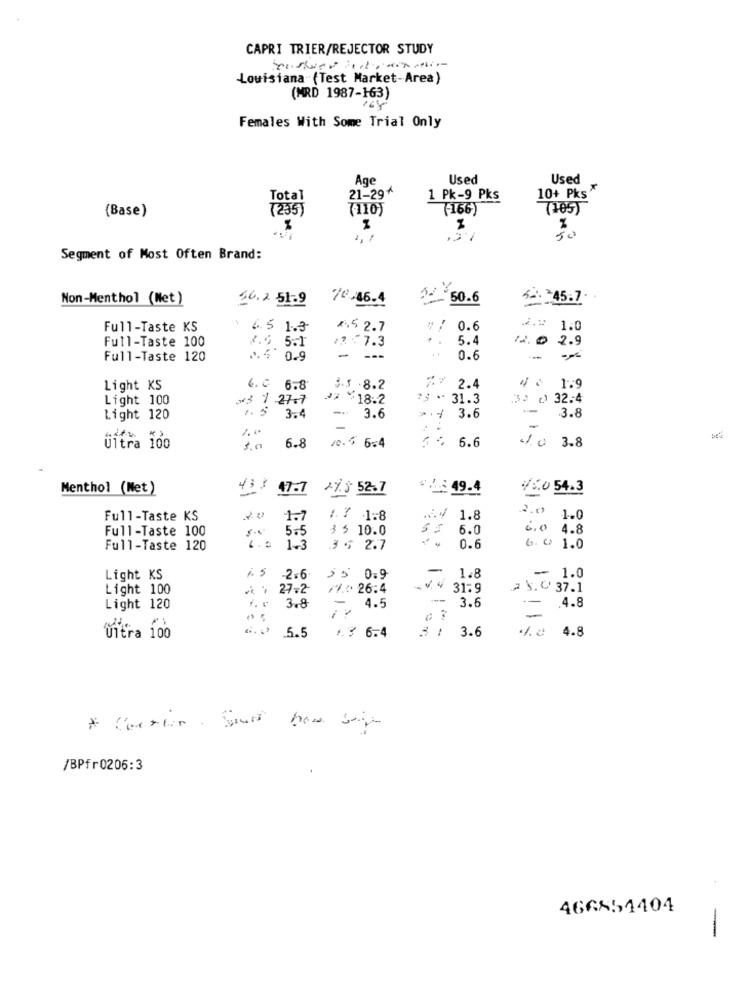
CAPRI TRIER/REJECTOR STUDY
Louisiana (Test Market-Area)
(MRD 1987-163)
168
Females With Some Trial Only
Age
Used
Used
Total
21-29'
1 Pk-9 Pks
10+ Pks
(Base)
(235)
(110)
(166)
(185)
1, 7
50
Segment of Most Often Brand:
Non-Menthol (Net)
56.2 51.9
10.46.4
50.6
4. 245.7
Full-Taste KS
4.5 1.3
Æ5 2.7
0.6
2.# 1.0
Full-Taste 100
.77.3
5.4
12.0 2.9
2.6 5.1
..
Full-Taste 120
2.5 0.9
- ---
0.6
Light KS
6. 0 6.8
3-3 .8.2
7.7 2.4
4 : 1.9
Light 100
*3 1 27.7
2 ** 18.2
*; * 31.3
32 0 32.4
1.5
-
Light 120
3.4
-- 3.6
>.4 3.
3.6
3.8
Ultra 100
3.0
6.8
1. 6 6=4
5 - 6.6
41.0 3.8
Menthol (Net)
43 3 47.7
27.8 52.7
.. 5: 49.4
VS.0 54.3
Full-Taste KS
20
1.7
1. 7 1:8
1.8
2.0 1.0
Full-Taste 100
5.5
3 5 10.0
6.0
6.0 4.8
Full-Taste 120
1-3
35 2.7
0.6
6. 0 1.0
-
Light KS
1.5
-2.6
55 0.9
1.8
- 1.0
Light 100
27.2
** 26.4
V. 4 31.9
25.0 37.1
...
3.6
Light 120
3.8
-. 4.5
- . 4.8
-
/.0 4.8
ultra 100
5.5
1.3 6.4
3 : 3.6
/BPfr0206:3
466854404
-